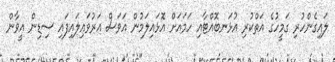
ލައިގެންހުރި ގަމީހުގެ އަތްކުރި އުޅަނބޮއްޓާއި ހަމައަށް އޮޅައިލަމުން އަވަސް އަރުވައިލައިފައި ސިޑިން އީވާން